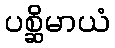
ပစ္ဆိမာယံ